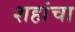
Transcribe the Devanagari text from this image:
शहांचा